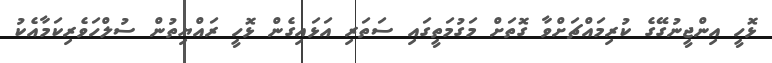
ޅޮހީ އިންޖީނުގޭގެ ކުރިމައްޗަށްވާ ގޮތަށް މަގުމަތީގައި ސަތަރި އަޅައިގެން ޅޮހީ ރައްޔިތުން ސުލްހަވެރިކަމާއެކު